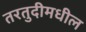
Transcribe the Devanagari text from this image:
तरतुदीमधील